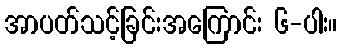
အာပတ်သင့်ခြင်းအကြောင်း ၆-ပါး။